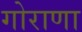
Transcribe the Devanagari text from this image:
गोराणा